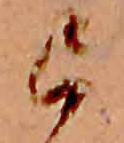
已